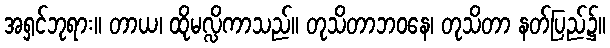
အရှင်ဘုရား။ တာယ၊ ထိုမလ္လိကာသည်။ တုသိတာဘဝနေ၊ တုသိတာ နတ်ပြည်၌။